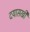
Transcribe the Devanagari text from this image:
दयासखी